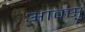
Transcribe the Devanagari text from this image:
आक्सु